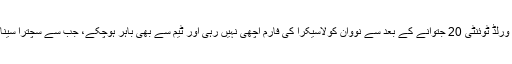
دوسری جانب میزبان ٹیم بولنگ کے حوالے سے فکرمندی کا شکار ہے، گذشتہ برس ورلڈ ٹوئنٹی 20 جتوانے کے بعد سے نووان کولاسیکرا کی فارم اچھی نہیں رہی اور ٹیم سے بھی باہر ہوچکے، جب سے سچترا سینانائیکے نے بولنگ ایکشن تبدیل کیا ان کی پرفارمنس میں بھی دم دکھائی نہیں دے رہا۔